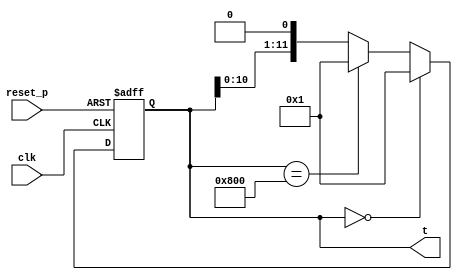
module ring_counter_clk12 (
    input clk, reset_p,
    output reg [11:0] t
    );

    always @(posedge clk, posedge reset_p) begin
        if (reset_p) t = 12'b0000_0000_0000;
        else begin
            if (t == 0) t <= 1;
            else if (t == 12'b1000_0000_0000) t <= 12'b0000_0000_0001;
            else t <= t << 1;
        end
    end
endmodule
module control_block(
    input clk, reset_p,
    input [7:0] ir_in,
    input zero_flag, sign_flag,
    output mar_inen, mdr_inen, mdr_oen, ir_inen, pc_inc, load_pc, pc_oen,
           breg_inen, tmpreg_inen, tmpreg_oen, creg_inen, creg_oen,
           dreg_inen, dreg_oen, rreg_inen, rreg_oen, acc_high_reset_p,
           acc_in_select, acc_o_en, op_add, op_sub, op_and, op_mul, op_div, 
           outreg_inen, inreg_oen, keych_oen, keyout_inen, rom_en,
    output [1:0] acc_low_select, acc_high_select_in

);
    
    wire [11:0] t;
    ring_counter_clk12 rcount(.clk(clk), .reset_p(reset_p), .t(t));
    
    wire nop, outb, outs, add_s, sub_s, and_s, shl, clr_s, psah, shr, load, jz,
         jmp, jge, div_s, mul_s, 
         mov_ah_cr, mov_ah_dr, mov_tmp_ah, mov_tmp_br, mov_tmp_cr, mov_tmp_dr,
         mov_tmp_rr, mov_cr_ah, mov_cr_br, mov_dr_ah, mov_dr_tmp, mov_dr_br,
         mov_rr_ah, mov_key_ah, mov_inr_tmp, mov_inr_rr;
    inst_decoder i_decoder(
        ir_in,
        nop, outb, outs, add_s, sub_s, and_s, shl, clr_s, psah, shr, load, jz,
        jmp, jge, div_s, mul_s, 
        mov_ah_cr, mov_ah_dr, mov_tmp_ah, mov_tmp_br, mov_tmp_cr, mov_tmp_dr,
        mov_tmp_rr, mov_cr_ah, mov_cr_br, mov_dr_ah, mov_dr_tmp, mov_dr_br,
        mov_rr_ah, mov_key_ah, mov_inr_tmp, mov_inr_rr);
    
    control_signal c_signal(
        t,
        nop, outb, outs, add_s, sub_s, and_s, shl, clr_s, psah, shr, load, jz,
        jmp, jge, div_s, mul_s, 
        mov_ah_cr, mov_ah_dr, mov_tmp_ah, mov_tmp_br, mov_tmp_cr, mov_tmp_dr,
        mov_tmp_rr, mov_cr_ah, mov_cr_br, mov_dr_ah, mov_dr_tmp, mov_dr_br,
        mov_rr_ah, mov_key_ah, mov_inr_tmp, mov_inr_rr,
        zero_flag, sign_flag,
        mar_inen, mdr_inen, mdr_oen, ir_inen, pc_inc, load_pc, pc_oen,
        breg_inen, tmpreg_inen, tmpreg_oen, creg_inen, creg_oen,
        dreg_inen, dreg_oen, rreg_inen, rreg_oen, acc_high_reset_p,
        acc_in_select, acc_o_en, op_add, op_sub, op_and, op_mul, op_div, 
        outreg_inen, inreg_oen, keych_oen, keyout_inen, rom_en,
        acc_low_select, acc_high_select_in);
    
    
endmodule
module control_signal(
    input [11:0] t,
    input nop, outb, outs, add_s, sub_s, and_s, shl, clr_s, psah, shr, load, jz,
        jmp, jge, div_s, mul_s, 
        mov_ah_cr, mov_ah_dr, mov_tmp_ah, mov_tmp_br, mov_tmp_cr, mov_tmp_dr,
        mov_tmp_rr, mov_cr_ah, mov_cr_br, mov_dr_ah, mov_dr_tmp, mov_dr_br,
        mov_rr_ah, mov_key_ah, mov_inr_tmp, mov_inr_rr,
    input zero_flag, sign_flag,
    output mar_inen, mdr_inen, mdr_oen, ir_inen, pc_inc, load_pc, pc_oen,
           breg_inen, tmpreg_inen, tmpreg_oen, creg_inen, creg_oen,
           dreg_inen, dreg_oen, rreg_inen, rreg_oen, acc_high_reset_p,
           acc_in_select, acc_o_en, op_add, op_sub, op_and, op_mul, op_div, 
           outreg_inen, inreg_oen, keych_oen, keyout_inen, rom_en,
    output [1:0] acc_low_select, acc_high_select_in);

    assign pc_oen                = t[0] | (t[3] & (load | jz | jmp | jge));
    assign mar_inen              = t[0] | (t[3] & (load | jz | jmp | jge));
    assign pc_inc                = t[1] | (t[4] & (load | jz | jmp | jge));
    assign mdr_oen               = t[2] | (t[5] & (load | (jz & zero_flag) | jmp | (jge & ~sign_flag)));
    assign ir_inen               = t[2];
    assign tmpreg_inen           = (t[3] & (mov_dr_tmp | mov_inr_tmp)) | (t[5] & load);
    assign tmpreg_oen            = t[3] & (outb | mov_tmp_ah | mov_tmp_br | mov_tmp_cr | mov_tmp_dr | mov_tmp_rr);
    assign creg_inen             = t[3] & (mov_ah_cr | mov_tmp_cr);
    assign creg_oen              = t[3] & (mov_cr_ah | mov_cr_br);
    assign dreg_inen             = t[3] & (mov_ah_dr | mov_tmp_dr);
    assign dreg_oen              = t[3] & (mov_dr_ah | mov_dr_br | mov_dr_tmp);
    assign rreg_inen             = t[3] & (mov_tmp_rr | mov_inr_rr);
    assign rreg_oen              = t[3] & mov_rr_ah;
    assign breg_inen             = t[3] & (mov_tmp_br | mov_cr_br | mov_dr_br);
    assign load_pc               = t[5] & ((zero_flag & jz) | (~sign_flag & jge) | jmp);
    assign acc_o_en              = t[3] & (outs | mov_ah_cr | mov_ah_dr);
    assign acc_in_select         = t[3] & (mov_tmp_ah | mov_cr_ah | mov_rr_ah | mov_key_ah | mov_dr_ah);
    assign acc_high_reset_p      = t[3] & clr_s;
    assign acc_high_select_in[1] = (t[3] & (add_s | sub_s | and_s | div_s | mul_s | shl | mov_tmp_ah | mov_cr_ah | mov_rr_ah | mov_key_ah | mov_dr_ah)) | (mul_s & (t[5] | t[7] | t[9])) | (div_s & (t[4] | t[5] | t[6] | t[7] | t[8] | t[9] | t[10]));
    assign acc_high_select_in[0] = (t[3] & (add_s | sub_s | and_s | mul_s | shr | mov_tmp_ah | mov_cr_ah | mov_rr_ah | mov_key_ah | mov_dr_ah)) | (t[4] & (add_s | div_s | mul_s)) | (mul_s & (t[5] | t[6] | t[7] | t[8] | t[9] | t[10])) | (div_s & (t[6] | t[8] | t[10]));
    assign acc_low_select[1]     = (t[3] & (div_s | psah | shl)) | (div_s & (t[5] | t[7] | t[9] | t[11]));
    assign acc_low_select[0]     = (t[3] & (psah | shr)) | (t[4] & (add_s | mul_s)) | (mul_s & (t[6] | t[8] | t[10]));
    assign op_add                = t[3] & add_s;
    assign op_sub                = t[3] & sub_s;
    assign op_and                = t[3] & and_s;
    assign op_div                = div_s & (t[4] | t[6] | t[8] | t[10]);
    assign op_mul                = mul_s & (t[3] | t[5] | t[7] | t[9]); 
    assign rom_en                = ~(t[1] | ((load | jz | jmp | jge) & t[4]));
    assign mdr_inen              = t[1] | ((load | jz | jmp | jge) & t[4]);
    assign inreg_oen             = t[3] & (mov_inr_tmp | mov_inr_rr);
    assign keych_oen             = t[3] & mov_key_ah;
    assign outreg_inen           = t[3] & outs;
    assign keyout_inen           = t[3] & outb;

endmodule